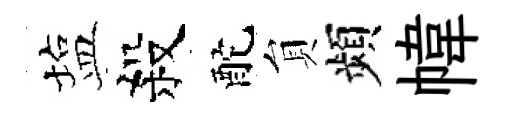
塩殺酡貟頻幃